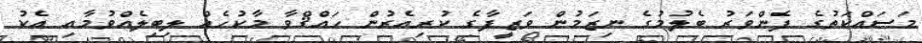
މަސައްކަތުގެ ފެންވަރު ބެލުމުގެ ނިޒަމުން ވަޒީފާގެ ކުރިއެރުން ހައްޤްވާ މާކުހެއް ލިބިލެއްވުމާއި އެކު